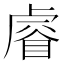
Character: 𥈠